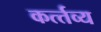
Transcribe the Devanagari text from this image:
कर्त्‍तव्‍य